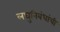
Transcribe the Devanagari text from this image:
लघुनिबंधांची